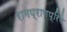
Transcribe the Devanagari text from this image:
रामप्राणप्रिये